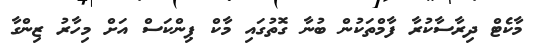
މާކެޓް ދިރާސާކުރާ ފާމްތަކުން ބުނާ ގޮތުގައި މާކް ޕިންކަސް އަށް މިހާރު ޒިންގާ